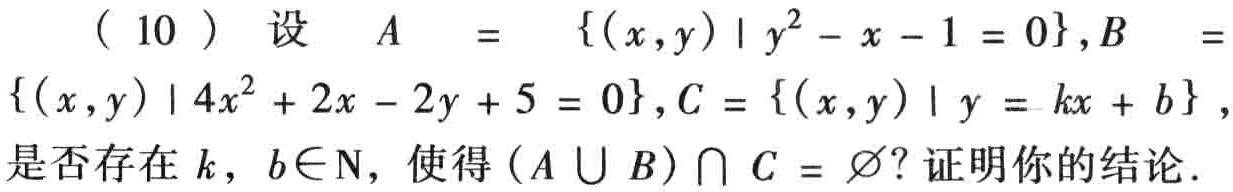
( 10 ) 设 \(A = \{(x,y)\mid y^{2}-x - 1 = 0\},B = \{(x,y)\mid 4x^{2}+2x - 2y + 5 = 0\},C = \{(x,y)\mid y = kx + b\}\)，是否存在 \(k,b\in\mathrm{N}\)，使得 \((A\cup B)\cap C=\varnothing\)？证明你的结论．